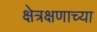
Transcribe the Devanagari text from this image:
क्षेत्रक्षणाच्या